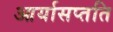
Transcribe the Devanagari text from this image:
आर्यासप्तति